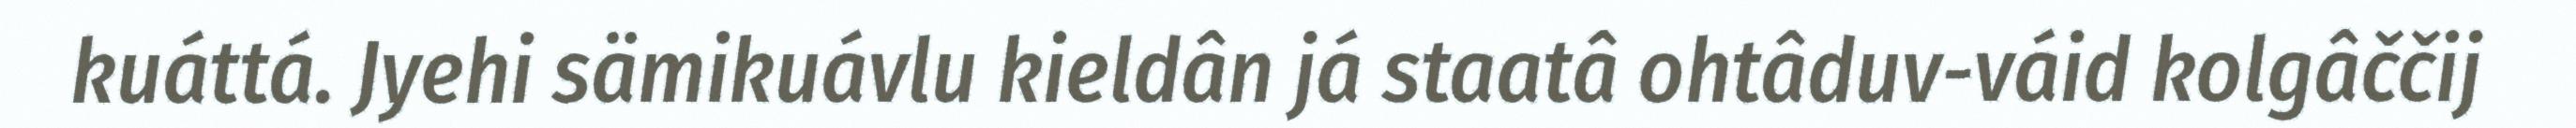
kuáttá. Jyehi sämikuávlu kieldân já staatâ ohtâduv-váid kolgâččij